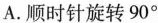
A.顺时针旋转90°